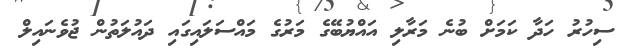
ސިހުރު ހަދާ ކަމަށް ބުނެ މަރާލި އައްޔުބޭގެ މަރުގެ މައްސަލައިގައި ދައުލަތުން ޖުވެނައިލް